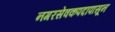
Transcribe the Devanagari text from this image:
नगरसेवकपदापासून